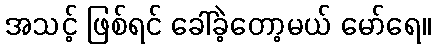
အသင့် ဖြစ်ရင် ခေါ်ခဲ့တော့မယ် မော်ရေ။